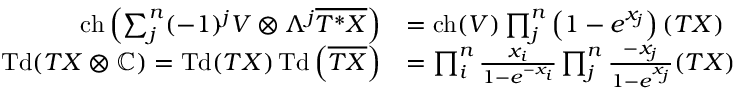
{ \begin{array} { r l } { \operatorname { c h } \left( \sum _ { j } ^ { n } ( - 1 ) ^ { j } V \otimes \Lambda ^ { j } { \overline { { T ^ { * } X } } } \right) } & { = \operatorname { c h } ( V ) \prod _ { j } ^ { n } \left( 1 - e ^ { x _ { j } } \right) ( T X ) } \\ { \operatorname { T d } ( T X \otimes \mathbb { C } ) = \operatorname { T d } ( T X ) \operatorname { T d } \left( { \overline { { T X } } } \right) } & { = \prod _ { i } ^ { n } { \frac { x _ { i } } { 1 - e ^ { - x _ { i } } } } \prod _ { j } ^ { n } { \frac { - x _ { j } } { 1 - e ^ { x _ { j } } } } ( T X ) } \end{array} }